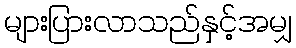
များပြားလာသည်နှင့်အမျှ